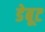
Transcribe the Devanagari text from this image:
डेबूट